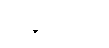
ဥက္ကဋ္ဌာယံ